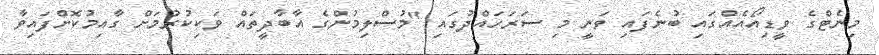
މިނެޓްގެ ވީޑިއޯއެއްގައި ބުނެފައި ވަނީ މި ސަރަހައްދުގައި "މުސްލިމުންގެ އާބާދީތައް ވަކިިކުރުމަށް ގާއިމުކޮށްފައިވާ